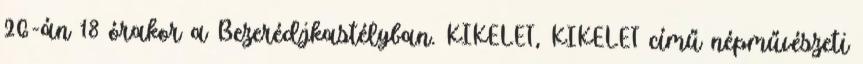
26-án 18 órakor a Bezerédjkastélyban. KIKELET, KIKELET című népművészeti